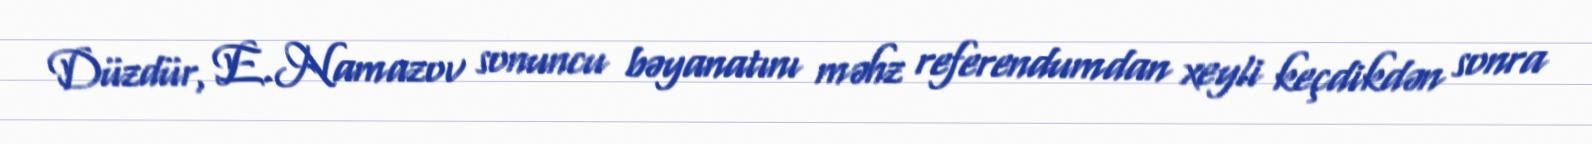
Düzdür, E.Namazov sonuncu bəyanatını məhz referendumdan xeyli keçdikdən sonra